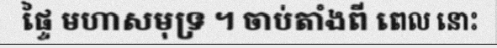
ផ្ទៃ មហាសមុទ្រ ។ ចាប់តាំងពី ពេល នោះ